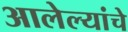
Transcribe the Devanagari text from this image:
आलेल्यांचे